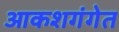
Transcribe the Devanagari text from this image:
आकशगंगेत